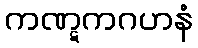
ကဏ္ဋကဂဟနံ